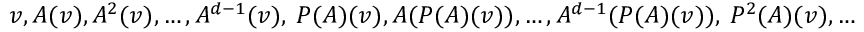
v , A ( v ) , A ^ { 2 } ( v ) , \ldots , A ^ { d - 1 } ( v ) , ~ P ( A ) ( v ) , A ( P ( A ) ( v ) ) , \ldots , A ^ { d - 1 } ( P ( A ) ( v ) ) , ~ P ^ { 2 } ( A ) ( v ) , \ldots , ~ P ^ { k - 1 } ( A ) ( v ) , \ldots , A ^ { d - 1 } ( P ^ { k - 1 } ( A ) ( v ) )